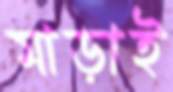
মাড়াই